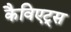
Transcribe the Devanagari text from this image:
कैविएट्स